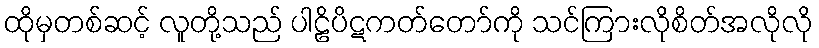
ထိုမှတစ်ဆင့် လူတို့သည် ပါဠိပိဋကတ်တော်ကို သင်ကြားလိုစိတ်အလိုလို